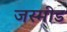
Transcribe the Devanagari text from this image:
जस्मीड